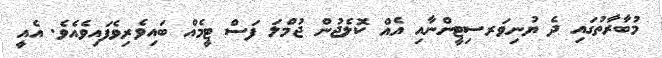
މުބާރާތުގައި ދެ ޔުނިވަރސިޓީންނާއި އެއް ކޮލެޖުން ޖުމްލަ ފަސް ޓީމެއް ބައިވެރިވެފައިވެއެވެ. އެއީ